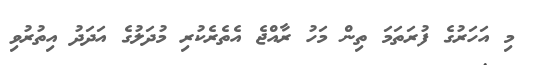
މި އަހަރުގެ ފުރަތަމަ ތިން މަހު ރާއްޖެ އެތެރެކުރި މުދަލުގެ އަދަދު އިތުރުވި